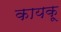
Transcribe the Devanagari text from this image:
कायकू